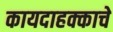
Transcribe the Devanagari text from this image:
कायदाहक्काचे